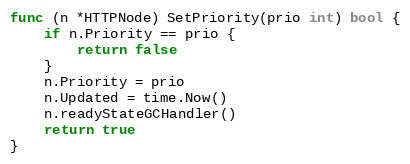
Language: Go
func (n *HTTPNode) SetPriority(prio int) bool {
	if n.Priority == prio {
		return false
	}
	n.Priority = prio
	n.Updated = time.Now()
	n.readyStateGCHandler()
	return true
}